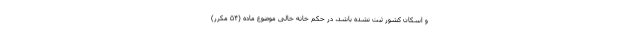
و اسکان کشور ثبت نشده باشد، در حکم خانه خالی موضوع ماده (۵۴ مکرر)